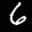
Label: 6